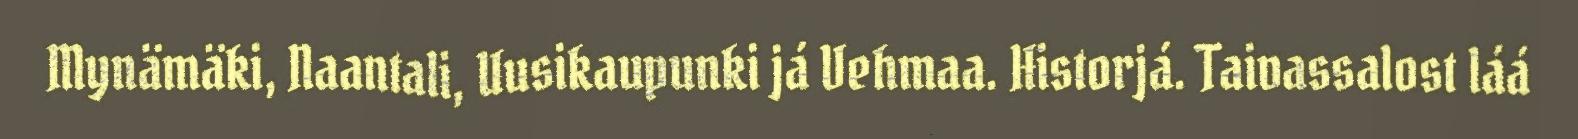
Mynämäki, Naantali, Uusikaupunki já Vehmaa. Historjá. Taivassalost láá